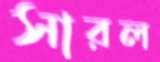
সারল